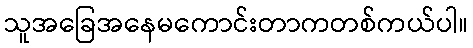
သူအခြေအနေမကောင်းတာကတစ်ကယ်ပါ။